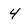
Character: 4